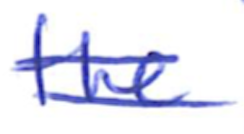
Text: the
Cross-out: double-line
Writing tool: ballpoint